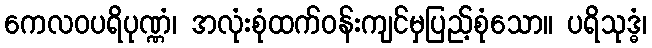
ကေလဝပရိပုဏ္ဏံ၊ အလုံးစုံထက်ဝန်းကျင်မှပြည့်စုံသော။ ပရိသုဒ္ဓံ၊